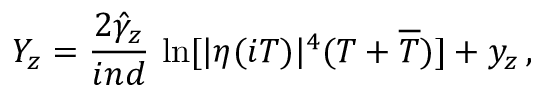
Y _ { z } = \frac { 2 \hat { \gamma } _ { z } } { i n d } \, \ln [ | \eta ( i T ) | ^ { 4 } ( T + \overline { { { T } } } ) ] + y _ { z } \, ,